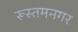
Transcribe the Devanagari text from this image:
रूस्तमनगर